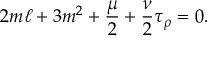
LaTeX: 2 m \ell + 3 m ^ { 2 } + \frac { \mu } { 2 } + \frac { \nu } { 2 } \tau _ { \rho } = 0 .